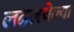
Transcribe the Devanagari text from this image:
लढलवेल्या